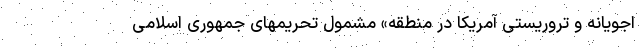
اجویانه و تروریستی آمریکا در منطقه» مشمول تحریمهای جمهوری اسلامی